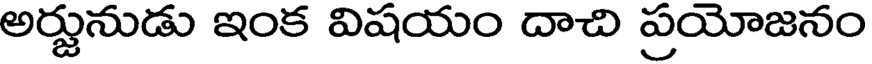
అర్జునుడు ఇంక విషయం దాచి ప్రయోజనం